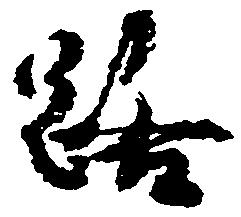
路